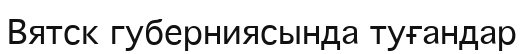
Вятск губерниясында туғандар